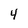
Character: 4